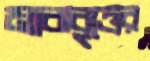
মাঝবৃত্তের